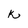
Character: k